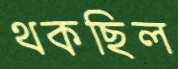
থকছিল